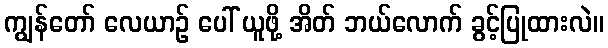
ကျွန်တော် လေယာဉ် ပေါ် ယူဖို့ အိတ် ဘယ်လောက် ခွင့်ပြုထားလဲ။